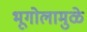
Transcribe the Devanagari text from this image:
भूगोलामुळे